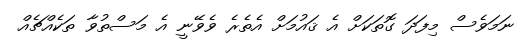
ނަމަވެސް މިފަދަ ގޮތަކަށް އެ ޤައުމަށް އެތެރެ ވެވޭނީ އެ މަސްތުވާ ތަކެއްޗެއް